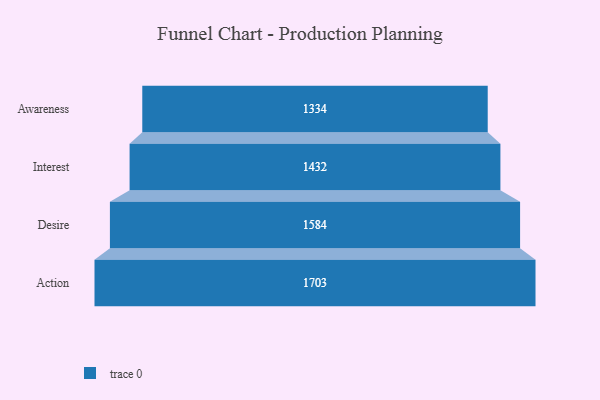
{"axis": {"x": "Stage", "y": "Value"}, "legend": [""], "data": [{"x": "Awareness", "y": 1334.0, "type": ""}, {"x": "Interest", "y": 1432.0, "type": ""}, {"x": "Desire", "y": 1584.0, "type": ""}, {"x": "Action", "y": 1703.0, "type": ""}]}